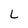
Character: L